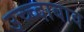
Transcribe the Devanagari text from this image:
उच्च्दाबाव